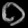
Digit: ၀